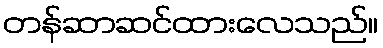
တန်ဆာဆင်ထားလေသည်။